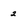
Character: 2